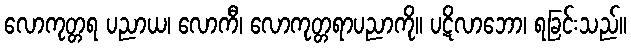
လောကုတ္တရ ပညာယ၊ လောကီ၊ လောကုတ္တရာပညာကို။ ပဋိလာဘော၊ ရခြင်းသည်။